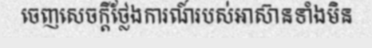
ចេញសេចក្តីថ្លែងការណ៍របស់អាស៊ានទាំងមិន